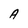
Character: A